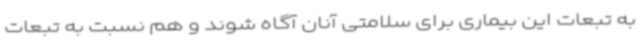
به تبعات این بیماری برای سلامتی آنان آگاه شوند و هم نسبت به تبعات